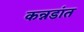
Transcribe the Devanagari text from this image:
कन्नडांत